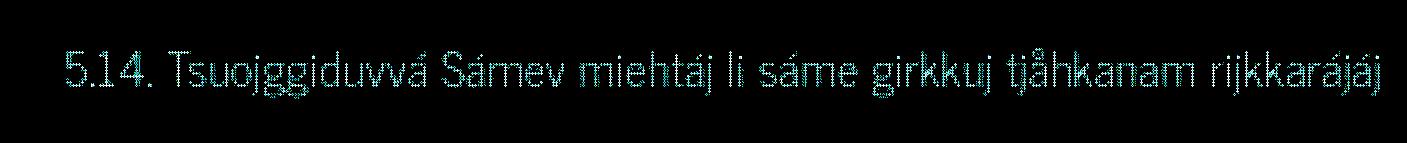
5.14. Tsuojggiduvvá Sámev miehtáj li sáme girkkuj tjåhkanam rijkkarájáj